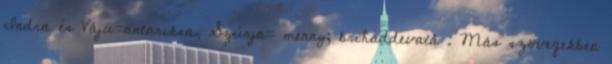
Indra és Váju=antariksa, Szúrja= menny; brihaddevatá . Más szövegekben